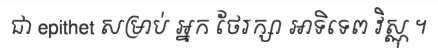
ជា epithet សម្រាប់ អ្នក ថែរក្សា អាទិទេព វិស្ណុ ។